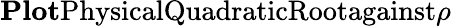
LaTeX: \textbf{Plot}\textrm{PhysicalQuadraticRootagainst}\rho